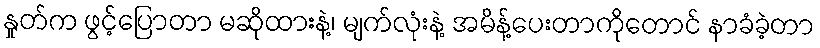
နှုတ်က ဖွင့်ပြောတာ မဆိုထားနဲ့၊ မျက်လုံးနဲ့ အမိန့်ပေးတာကိုတောင် နာခံခဲ့တာ